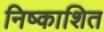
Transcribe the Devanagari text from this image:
निष्काशित